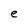
Character: e